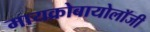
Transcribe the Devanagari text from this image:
मायक्रोबायोलॉजी